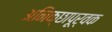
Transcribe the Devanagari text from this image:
अनिक्छापूर्वक